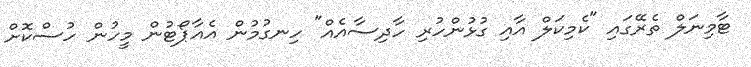
ޓާމިނަލް ތެރޭގައި "ކެމިކަލް އާއި ގުޅުންހުރި ހާދިސާއެއް" ހިނގުމުން އެއާޕޯޓުން މީހުން ހުސްކޮށް